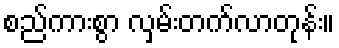
စည်ကားစွာ လှမ်းတက်လာတုန်း။